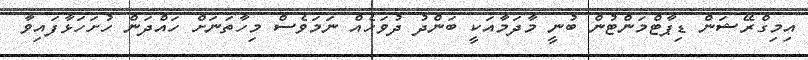
އިމިގްރޭޝަން ޑިޕާޓްމަންޓުން ބުނީ މާދަމާއަކީ ބަންދު ދުވަހެއް ނަމަވެސް މިހާތަނަށް ހައްދަން ހުށަހަޅާފައިވާ